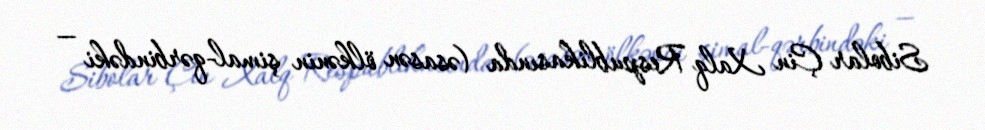
Sibolar Çin Xalq Respublikasında (əsasən ölkənin şimal-qərbindəki —